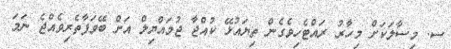
ސ. މިސާލަކަށް މިހާރު ރައްޓެހިވެގެން ތިޔައުޅޭ ކުއްޖާ ޖުމައްޔިލް އަށް ބޭވަފާތެރިވެއްޖެ ނަމަ